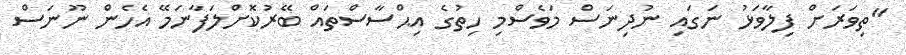
"ތިވަރަށް ފިލާވަޅު ނަގައި ނުދިނަސް މަވެސްމި ހިތުގެ އިޙްސާސްތައް ބޭރުކޮށްލަފާނަމޭ އެހެން ނޫނަސް